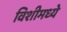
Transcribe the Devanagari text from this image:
विशीमध्ये